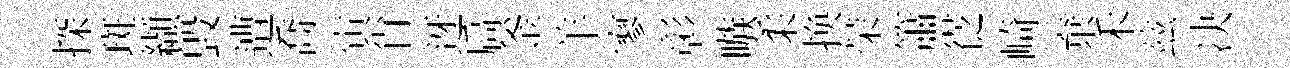
探斑纈毁遭喬寅肖迓扃釜羊寥彰嗾柔换荣簫徔崎棄禾兹决